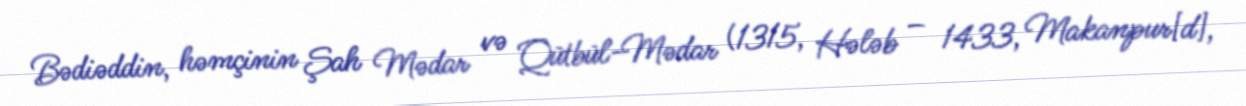
Bədiəddin, həmçinin Şah Mədar və Qütbül-Mədar (1315, Hələb – 1433, Makanpur[d],